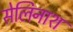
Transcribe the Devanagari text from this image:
सेलिनाश